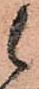
候